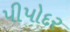
પીપોદર